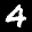
Label: 4